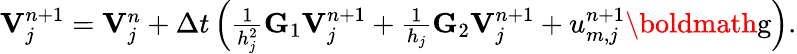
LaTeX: \begin{array}{r}{\mathbf{V}_{j}^{n+1}=\mathbf{V}_{j}^{n}+\Delta t\left(\frac{1}{h_{j}^{2}}\mathbf{G}_{1}\mathbf{V}_{j}^{n+1}+\frac{1}{h_{j}}\mathbf{G}_{2}\mathbf{V}_{j}^{n+1}+u_{m,j}^{n+1}\textrm{\boldmath{g}}\right).}\end{array}